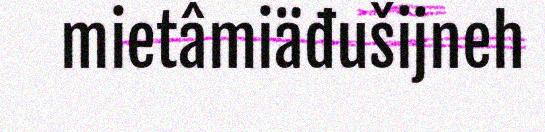
mietâmiäđušijneh